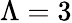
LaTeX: \Lambda=3